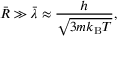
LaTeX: { \bar { R } } \gg { \bar { \lambda } } \approx { \frac { h } { \sqrt { 3 m k _ { \mathrm { { B } } } T } } } ,